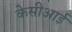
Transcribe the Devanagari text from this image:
केसीआई